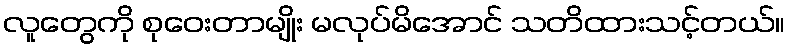
လူတွေကို စုဝေးတာမျိုး မလုပ်မိအောင် သတိထားသင့်တယ်။